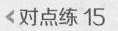
对点练15